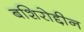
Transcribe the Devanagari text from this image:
बशिरोद्दीन